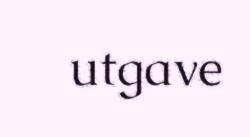
utgave